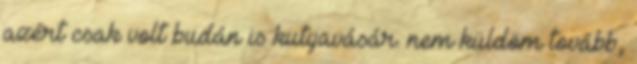
azért csak volt budán is kutyavásár. nem küldöm tovább,